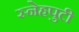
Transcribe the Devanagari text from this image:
स्नेहपुटी